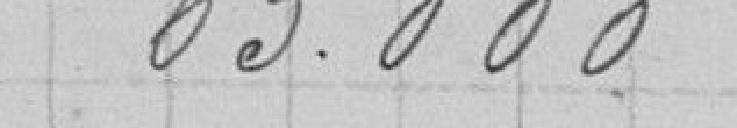
63.000